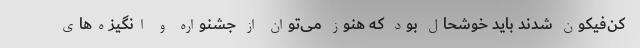
کن‌فیکون شدند باید خوشحال بود که هنوز می‌توان از جشنواره و انگیزه‌های